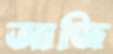
আজি